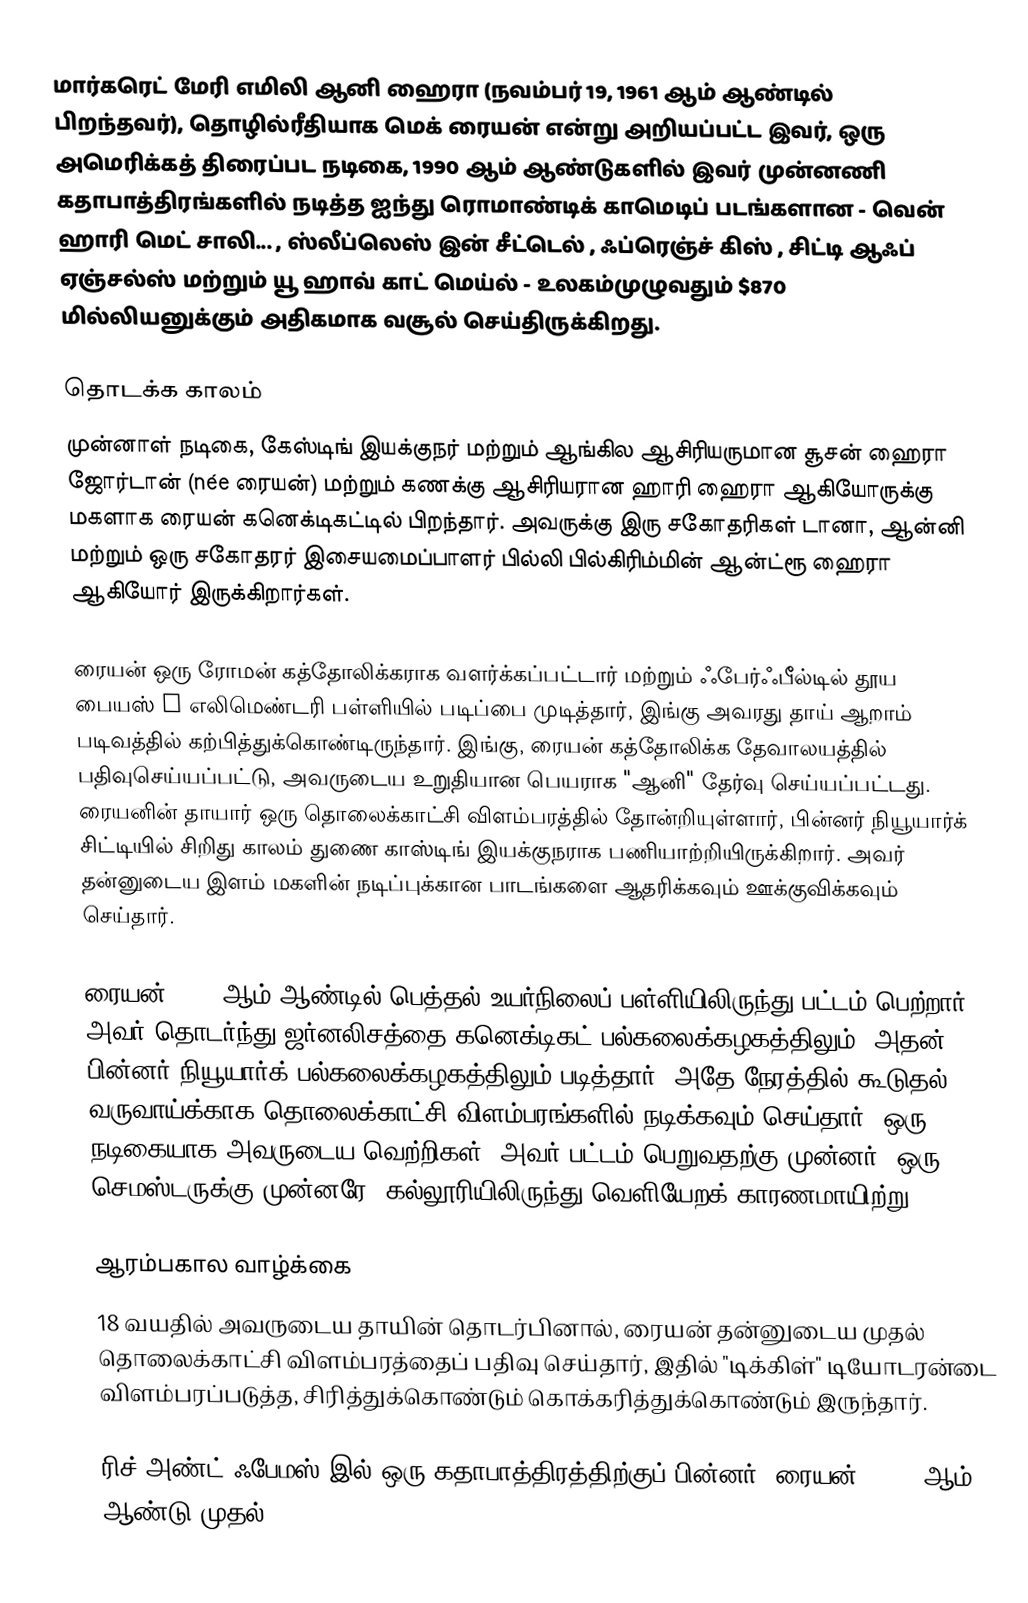
மார்கரெட் மேரி எமிலி ஆனி ஹைரா (நவம்பர் 19, 1961 ஆம் ஆண்டில் பிறந்தவர்), தொழில்ரீதியாக மெக் ரையன் என்று அறியப்பட்ட இவர், ஒரு அமெரிக்கத் திரைப்பட நடிகை, 1990 ஆம் ஆண்டுகளில் இவர் முன்னணி கதாபாத்திரங்களில் நடித்த ஐந்து ரொமாண்டிக் காமெடிப் படங்களான - வென் ஹாரி மெட் சாலி... , ஸ்லீப்லெஸ் இன் சீட்டெல் , ஃப்ரெஞ்ச் கிஸ் , சிட்டி ஆஃப் ஏஞ்சல்ஸ் மற்றும் யூ ஹாவ் காட் மெய்ல் - உலகம்முழுவதும் $870 மில்லியனுக்கும் அதிகமாக வசூல் செய்திருக்கிறது.

தொடக்க காலம்
முன்னாள் நடிகை, கேஸ்டிங் இயக்குநர் மற்றும் ஆங்கில ஆசிரியருமான சூசன் ஹைரா ஜோர்டான் (née ரையன்) மற்றும் கணக்கு ஆசிரியரான ஹாரி ஹைரா ஆகியோருக்கு மகளாக ரையன் கனெக்டிகட்டில் பிறந்தார். அவருக்கு இரு சகோதரிகள் டானா, ஆன்னி மற்றும் ஒரு சகோதரர் இசையமைப்பாளர் பில்லி பில்கிரிம்மின் ஆன்ட்ரூ ஹைரா ஆகியோர் இருக்கிறார்கள்.

ரையன் ஒரு ரோமன் கத்தோலிக்கராக வளர்க்கப்பட்டார் மற்றும் ஃபேர்ஃபீல்டில் தூய பையஸ் X எலிமெண்டரி பள்ளியில் படிப்பை முடித்தார், இங்கு அவரது தாய் ஆறாம் படிவத்தில் கற்பித்துக்கொண்டிருந்தார். இங்கு, ரையன் கத்தோலிக்க தேவாலயத்தில் பதிவுசெய்யப்பட்டு, அவருடைய உறுதியான பெயராக "ஆனி" தேர்வு செய்யப்பட்டது. ரையனின் தாயார் ஒரு தொலைக்காட்சி விளம்பரத்தில் தோன்றியுள்ளார், பின்னர் நியூயார்க் சிட்டியில் சிறிது காலம் துணை காஸ்டிங் இயக்குநராக பணியாற்றியிருக்கிறார். அவர் தன்னுடைய இளம் மகளின் நடிப்புக்கான பாடங்களை ஆதரிக்கவும் ஊக்குவிக்கவும் செய்தார்.

ரையன் 1979 ஆம் ஆண்டில் பெத்தல் உயர்நிலைப் பள்ளியிலிருந்து பட்டம் பெற்றார். அவர் தொடர்ந்து ஜர்னலிசத்தை கனெக்டிகட் பல்கலைக்கழகத்திலும், அதன் பின்னர் நியூயார்க் பல்கலைக்கழகத்திலும் படித்தார், அதே நேரத்தில் கூடுதல் வருவாய்க்காக தொலைக்காட்சி விளம்பரங்களில் நடிக்கவும் செய்தார். ஒரு நடிகையாக அவருடைய வெற்றிகள், அவர் பட்டம் பெறுவதற்கு முன்னர், ஒரு செமஸ்டருக்கு முன்னரே, கல்லூரியிலிருந்து வெளியேறக் காரணமாயிற்று.

ஆரம்பகால வாழ்க்கை
18 வயதில் அவருடைய தாயின் தொடர்பினால், ரையன் தன்னுடைய முதல் தொலைக்காட்சி விளம்பரத்தைப் பதிவு செய்தார், இதில் "டிக்கிள்" டியோடரன்டை விளம்பரப்படுத்த, சிரித்துக்கொண்டும் கொக்கரித்துக்கொண்டும் இருந்தார்.

ரிச் அண்ட் ஃபேமஸ் இல் ஒரு கதாபாத்திரத்திற்குப் பின்னர், ரையன், 1982 ஆம் ஆண்டு முதல் 1984